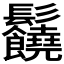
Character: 𩰈